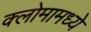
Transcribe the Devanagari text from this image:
क्लोमामध्ये